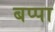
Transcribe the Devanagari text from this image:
बप्‍पा